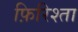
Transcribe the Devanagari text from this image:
फ़िरिश्ता